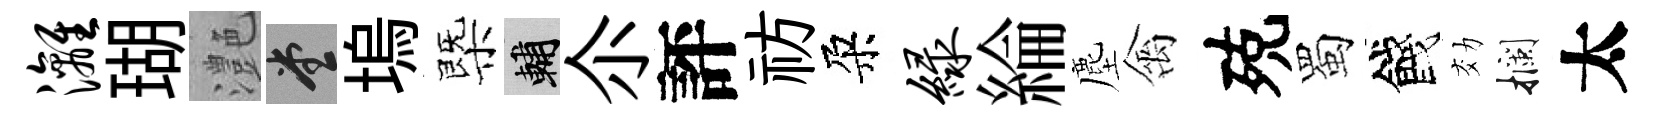
漓瑚灔堂塢㮣輔尒評祊朶绿綸塵禽殑蜀餞効攔太